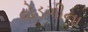
વોડગીના